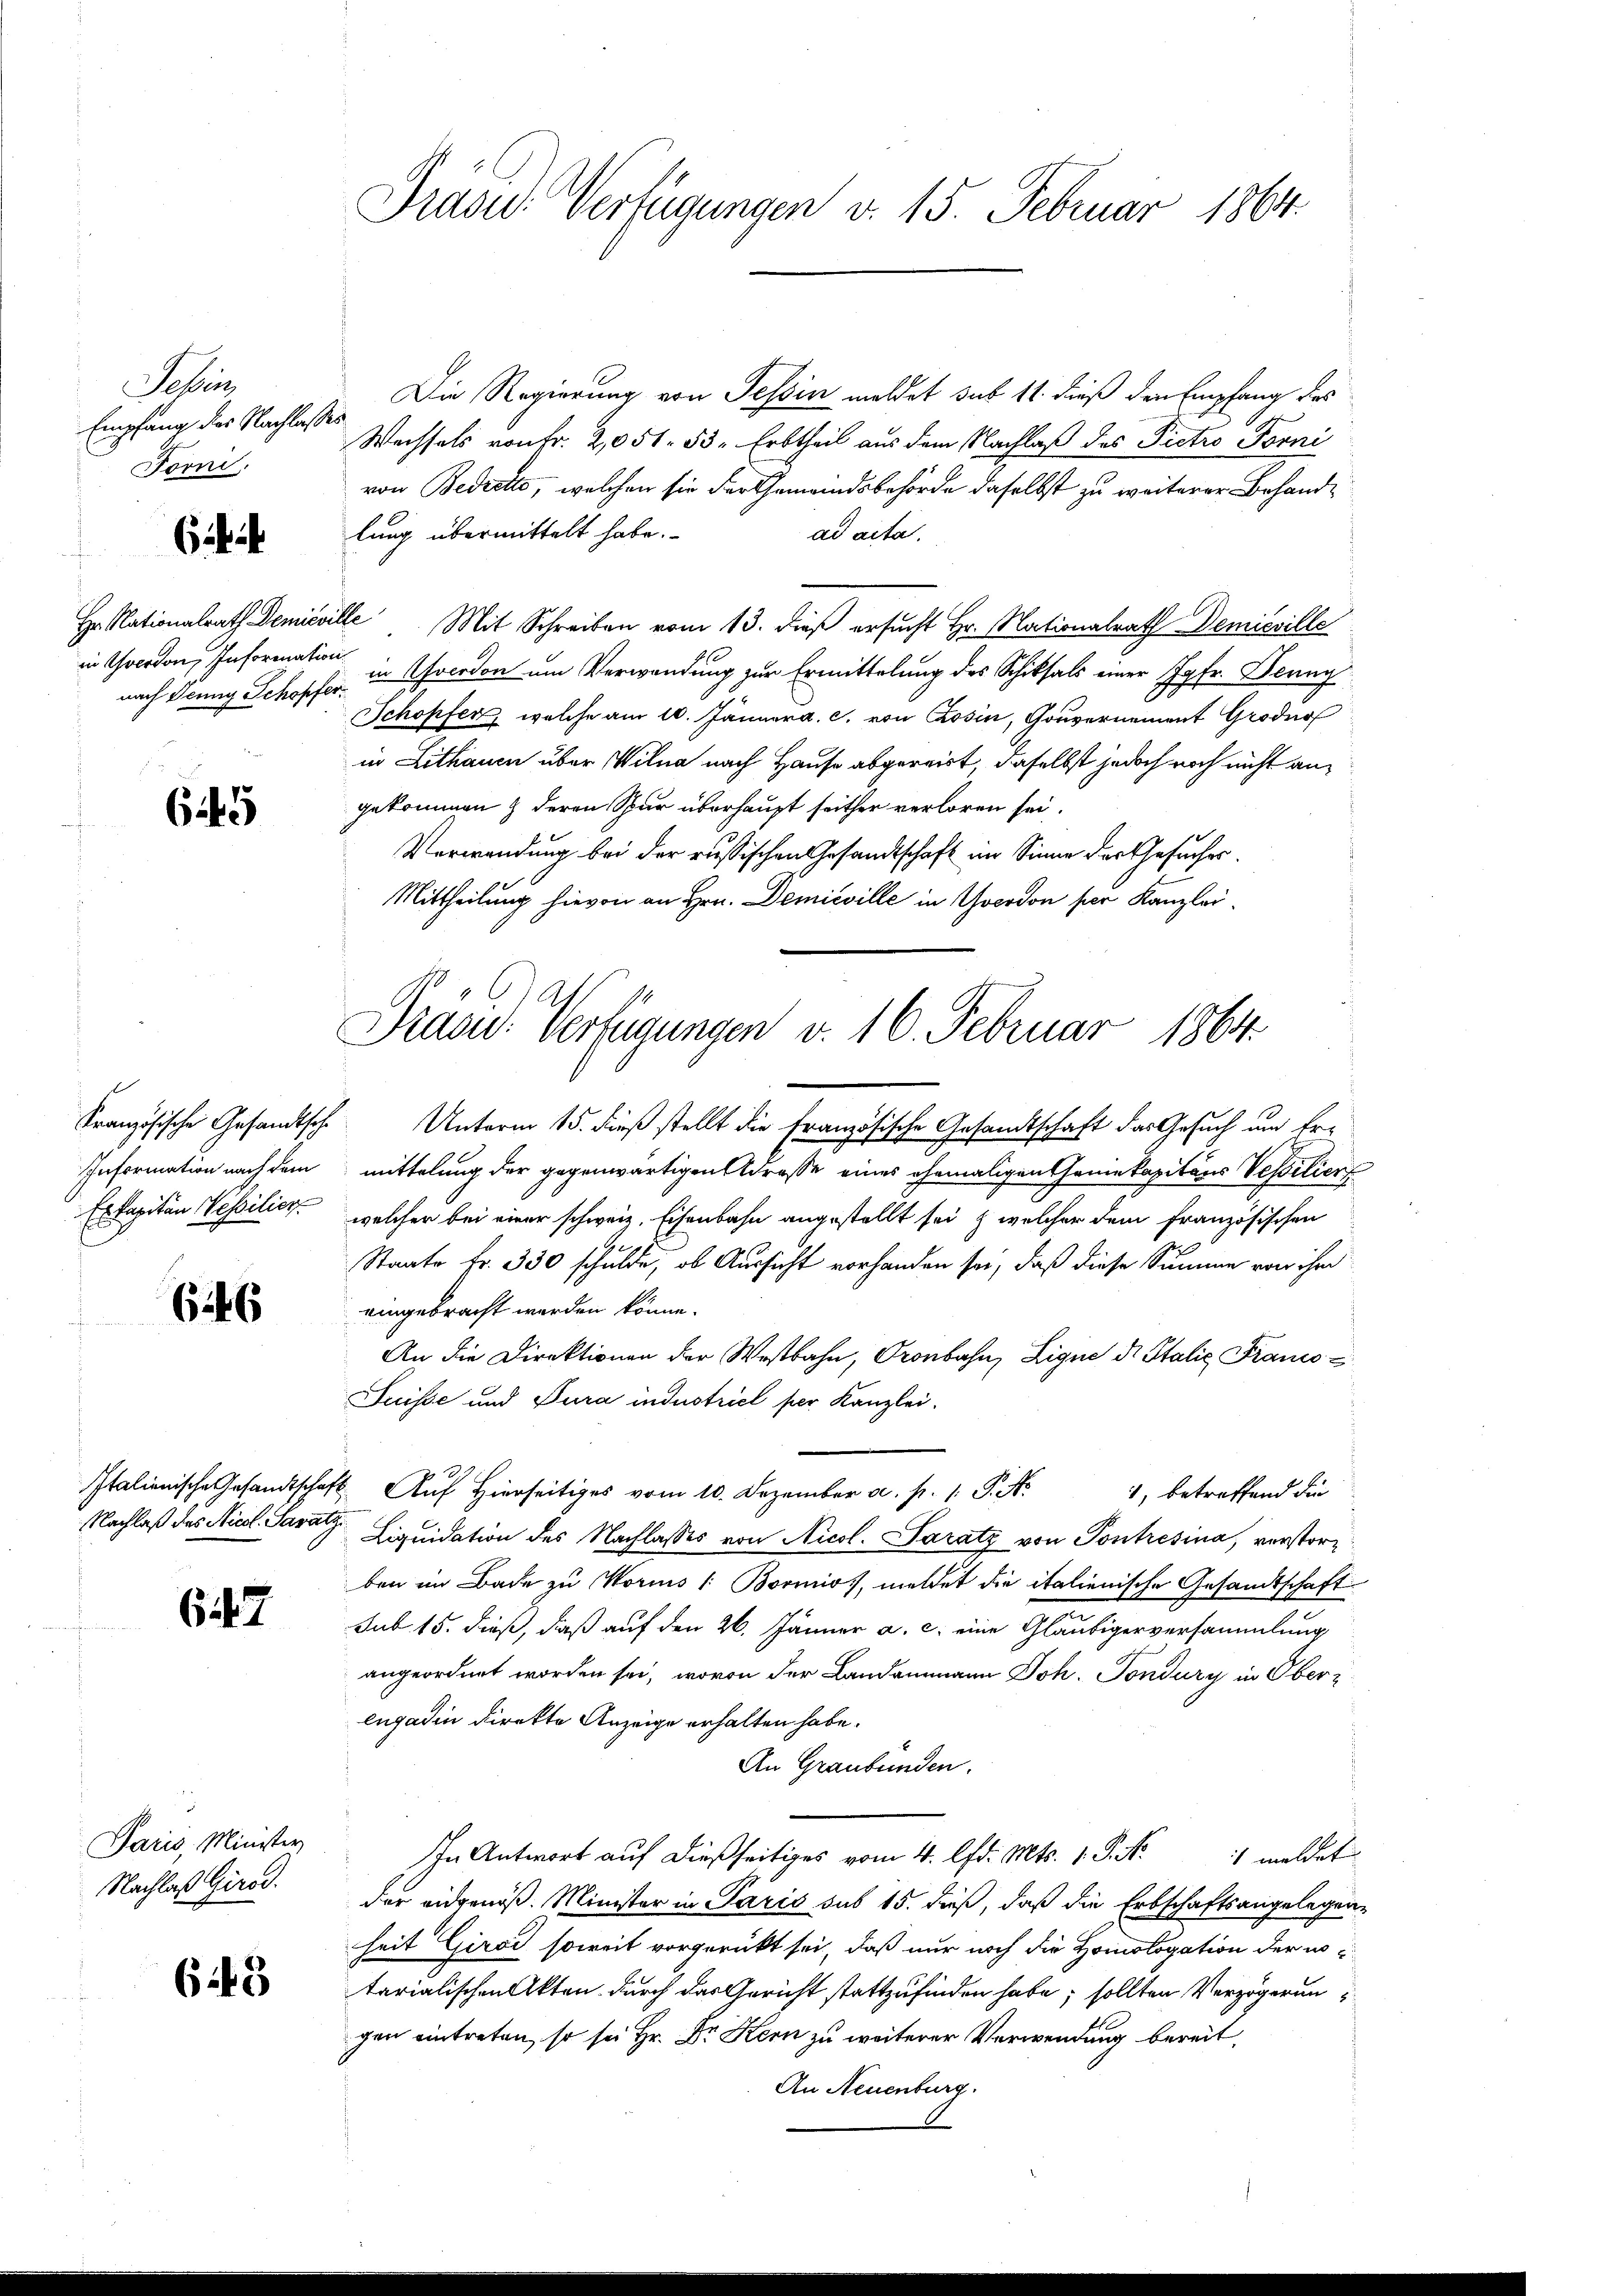
Salin
Empfang der Nachlag
Forn.

6

nach Denny Schopfer

645

Kranzösische Gesandtsche
Information nach dem
Ex kapitän Visilier

646

Nachlaß des Nicol. Savatz.

647

Paris, Minister
Nachlaß Girod.

643

Präsid. Verfügungen v. 15. Februar 1864.

Die Regierung von Tessin meldet sub 11. dieß den Empfang des
o
Wechsels von Fr. 2,051. 53. Erbtheil aus dem Nachlaß des Pietro Torni
von Bedretto, welchen sie der Gemeindsbehörde daselbst zu weiterer Behandlung übermittelt habe.
ad acta.
Hr. Nationalrath Demieville Mit Schreiben vom 13. dieβ ersŭcht Hr. Nationalrath Demieville
in Yverdon, Information in Macedon um Verwendung zur Ermittelung des Schiksals einer Jgfr. Denng
Schopfer, welche am 10. Jänner a. c. von Rosin, Gouvernement Groder
in Lithauen über Wilna nach Hause abgereit, daselbst jedoch noch nicht angekommen & deren Spur überhaupt seither verloren sei.
Verwendung bei der russischen Gesandtschaft im Sinne der Gesuches
Mittheilung hievon an Hrn. Demieville in Yverdon per Kanzlei¬

Prasid. Verfügungen v. 16. Februar 1864.

Unterm 15. dieß stellt die Französische Gesandtschaft das Gesuch um Ermittelung der gegenwärtigen Adresse eines ehemaligen Geniekapitärs Vestilier
welcher bei einer schweiz. Eisenbahn angestellt sei & welcher dem französischen
Staate Fr. 330 schulde, ob Aussicht vorhanden sei, daß diese Summe von ihr
eingebracht werden könne.
An die Direktionen der Westbahn, Oronbahn, Ligne d. Stalie Franco¬
Suisse und Pura industriel per Kanzlei.
Italienische Gesandtschaft Auf hierseitiges vom 10. Dezember a. p. 1. P. Nr. 1, betreffend die
Liquidation des Nachlasses von Nicol. Paratz von Pontresina, verstorz
ben im Bade zu Vorins /: Bornio, meldet die italienische Gesandtschaft
sub 15. dieß, daß auf den 26. Jänner a. c. eine Gläubigerversammlung
angeordnet worden sei, wovon der Landammann Joh. Tondury in Ober-
engadin direkte Anzeige erhalten habe.
An Graubünden.
In Antwort auf dießseitiges vom 4. lfd. Mts. 1. P. Nr. meldet
der eidgenöß. Minister in Paris sub 15. dieß, daß die Erbschaftsangelegen-
heit Girod soweit vorgerückt sei, daß nur noch die Homologation der intarialischen Akten durch das Gericht stattzufinden habe; sollten Verzögerungen eintreten, so sei Hr. Dr Kern zu weiterer Verwendung bereit,
An Neuenburg.